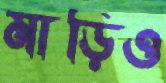
মাড়িও